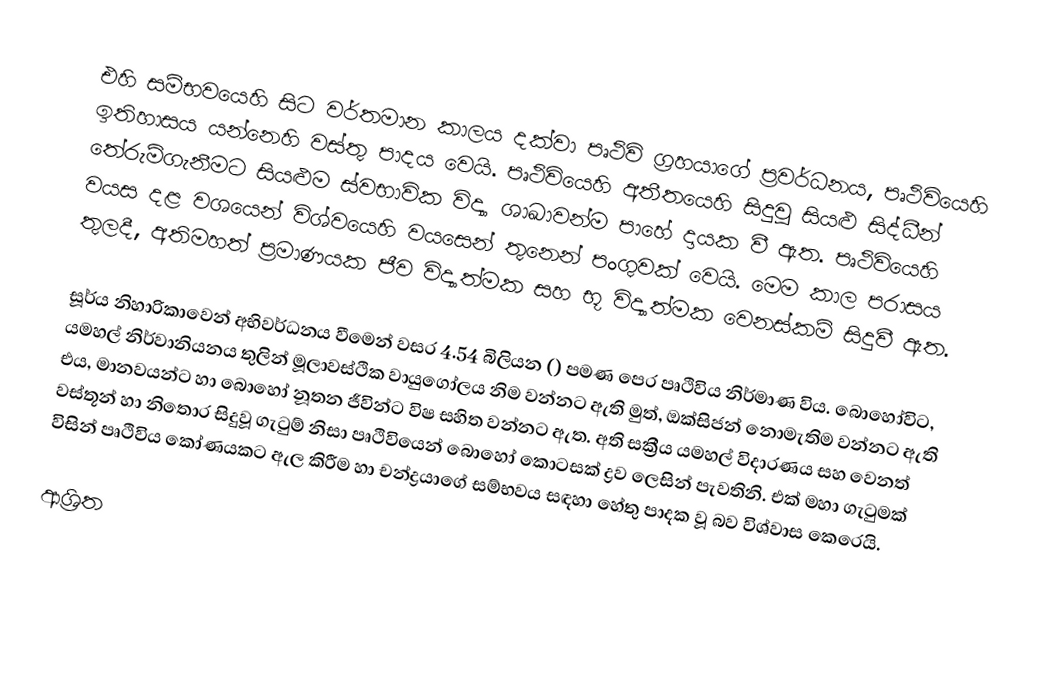
එහි සම්භවයෙහි සිට වර්තමාන කාලය දක්වා පෘථිවි ග්‍රහයාගේ ප්‍රවර්ධනය, පෘථිවියෙහි ඉතිහාසය  යන්නෙහි වස්තු පාදය වෙයි.  පෘථිවියෙහි අතීතයෙහි සිදුවූ සියළු සිද්ධීන් තේරුම්ගැනීමට සියළුම ස්වභාවික විද්‍යා ශාඛාවන්ම පාහේ දායක වී ඇත. පෘථිවියෙහි වයස දළ වශයෙන්  විශ්වයෙහි වයසෙන් තුනෙන් පංගුවක් වෙයි. මෙම කාල පරාසය තුලදී, අතිමහත් ප්‍රමාණයක  ජීව විද්‍යාත්මක සහ  භූ විද්‍යාත්මක වෙනස්කම් සිදුවී ඇත.

සූර්ය නිහාරිකාවෙන්   අභිවර්ධනය වීමෙන් වසර  4.54 බිලියන () පමණ පෙර පෘථිවිය නිර්මාණ විය. බොහෝවිට, යමහල් නිර්වානියනය තුලින් මූලාවස්ථික වායුගෝලය නිම වන්නට ඇති මුත්, ඔක්සිජන් නොමැතිම වන්නට ඇති එය, මානවයන්ට හා බොහෝ නූතන ජීවින්ට විෂ සහිත වන්නට ඇත. අති සක්‍රීය යමහල් විදාරණය  සහ වෙනත් වස්තූන් හා නිතොර සිදුවූ ගැටුම් නිසා පෘථිවියෙන් බොහෝ කොටසක් ද්‍රව ලෙසින් පැවතිනි. එක් මහා ගැටුමක් විසින් පෘථිවිය කෝණයකට ඇල කිරීම හා චන්ද්‍රයාගේ සම්භවය සඳහා හේතු පාදක වූ බව විශ්වාස කෙරෙයි.

ආශ්‍රිත